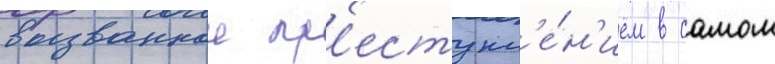
вызваннои пр'еступл'е́н'ием в самом